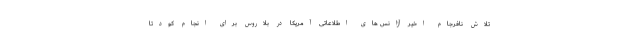
تلاش نافرجام اخیر آژانس های اطلاعاتی آمریکا در بلاروس برای انجام کودتا